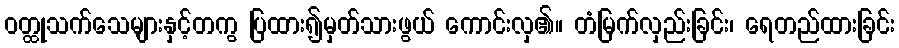
ဝတ္ထုသက်သေများနှင့်တကွ ပြထား၍မှတ်သားဖွယ် ကောင်းလှ၏။ တံမြက်လှည်းခြင်း၊ ရေတည်ထားခြင်း